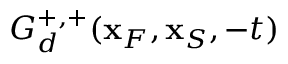
G _ { d } ^ { + , + } ( { \bf x } _ { F } , { \bf x } _ { S } , - t )